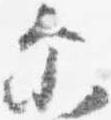
示